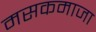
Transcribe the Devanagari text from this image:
मसकमाजा